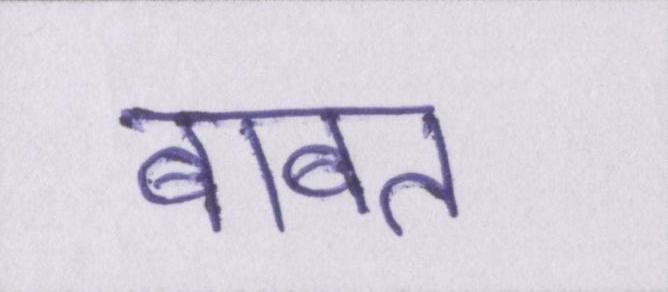
बाबत